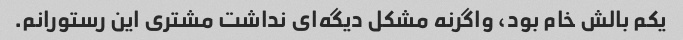
یکم بالش خام بود، واگرنه مشکل دیگه‌ای نداشت مشتری این رستورانم.